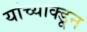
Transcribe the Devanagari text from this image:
यांच्याक्डून